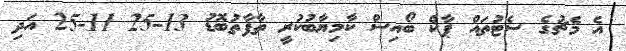
އެ މެޗުގެ ސެޓުތައް ޕާކް ބޯއިސް ކާމިޔާބުކުރީ ތާފާތުބޮޑު 13-25 11-25 އަދި